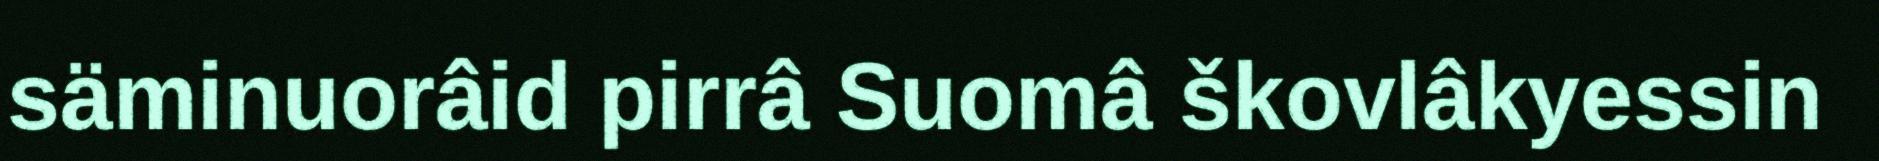
säminuorâid pirrâ Suomâ škovlâkyessin